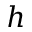
h